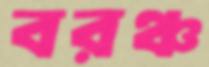
বরঞ্চ